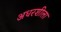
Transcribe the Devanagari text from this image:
अधरशीला